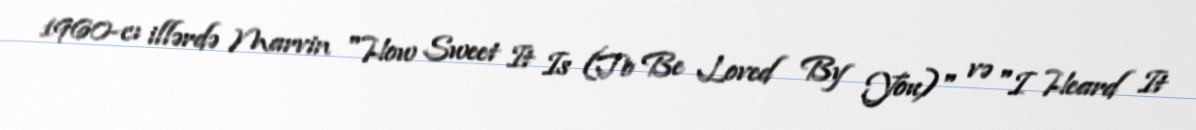
1960-cı illərdə Marvin "How Sweet It Is (To Be Loved By You)" və "I Heard It